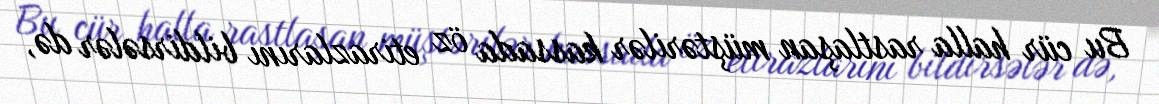
Bu cür halla rastlaşan müştərilər kassada öz etirazlarını bildirsələr də,